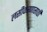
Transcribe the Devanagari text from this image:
लसीकरणासाठी